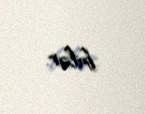
bilər.